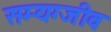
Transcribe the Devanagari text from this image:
सम्यग्जीव